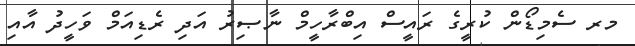
މރ ސެމިޑޯން ކުރީގެ ރައީސް އިބްރާހީމް ނާޞިރު އަދި ރެޑިއަމް ވަހީދު އާއި